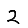
Digit: 2